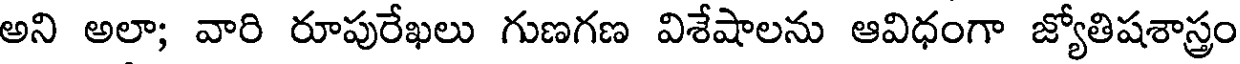
అని అలా; వారి రూపురేఖలు గుణగణ విశేషాలను ఆవిధంగా జ్యోతిషశాస్త్రం